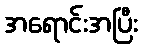
အရောင်းအပြီး